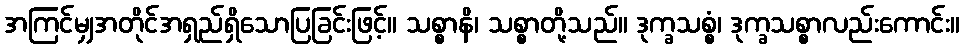
အကြင်မျှအတိုင်အရှည်ရှိသောပြခြင်းဖြင့်။ သစ္စာနိ၊ သစ္စာတို့သည်။ ဒုက္ခသစ္စံ၊ ဒုက္ခသစ္စာလည်းကောင်း။